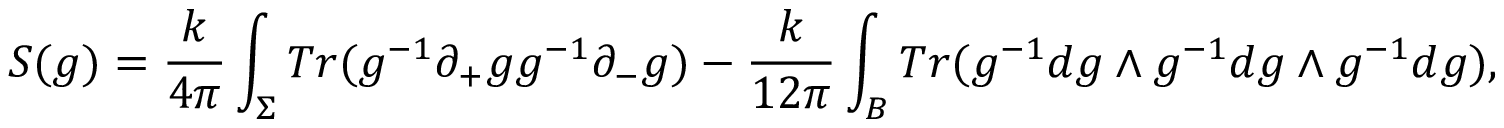
S ( g ) = \frac { k } { 4 \pi } \int _ { \Sigma } T r ( g ^ { - 1 } \partial _ { + } g g ^ { - 1 } \partial _ { - } g ) - \frac { k } { 1 2 \pi } \int _ { B } T r ( g ^ { - 1 } d g \wedge g ^ { - 1 } d g \wedge g ^ { - 1 } d g ) ,